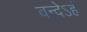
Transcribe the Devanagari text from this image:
वन्देऽहं